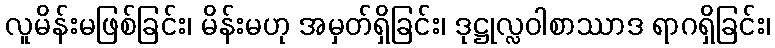
လူမိန်းမဖြစ်ခြင်း၊ မိန်းမဟု အမှတ်ရှိခြင်း၊ ဒုဋ္ဌုလ္လဝါစာဿာဒ ရာဂရှိခြင်း၊